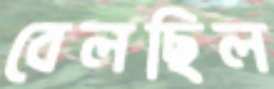
বেলছিল